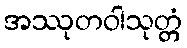
အဿုတဝါသုတ္တံ